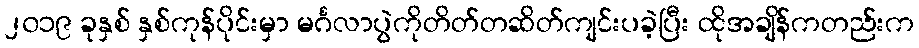
၂၀၁၉ ခုနှစ် နှစ်ကုန်ပိုင်းမှာ မင်္ဂလာပွဲကိုတိတ်တဆိတ်ကျင်းပခဲ့ပြီး ထိုအချိန်ကတည်းက